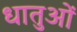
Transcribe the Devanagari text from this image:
धातुआें